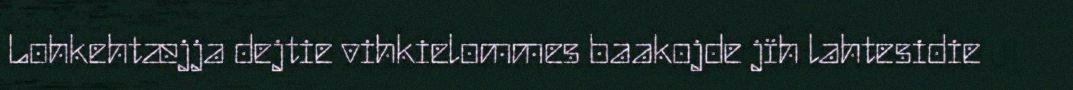
Lohkehtæjja dejtie vihkielommes baakojde jïh lahtesidie